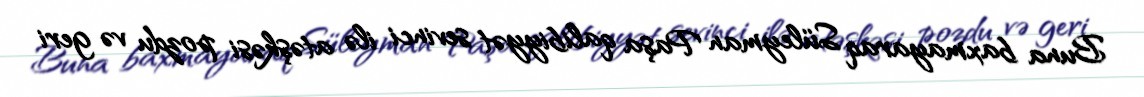
Buna baxmayaraq Süleyman Paşa qalibiyyət sevinci ilə atəşkəsi pozdu və geri